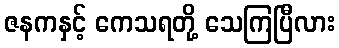
ဇနကနှင့် ကေသရတို့ သေကြပြီလား